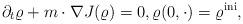
LaTeX: \begin{align*}\partial_t \varrho + m \cdot \nabla J(\varrho) = 0, \varrho(0,\cdot)=\varrho^{\rm ini},\end{align*}